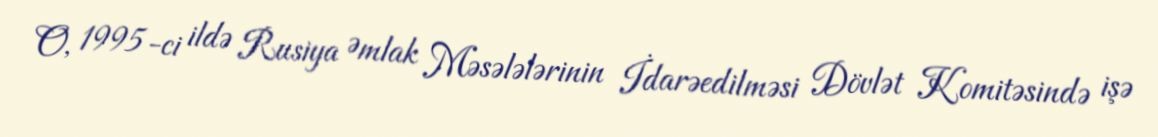
O, 1995-ci ildə Rusiya Əmlak Məsələlərinin İdarəedilməsi Dövlət Komitəsində işə